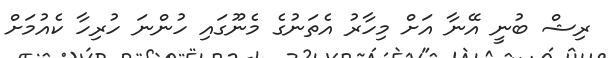
ރިޝް ބުނީ އޭނާ އަށް މިހާރު އެތަނުގެ މެނޫގައި ހުންނަ ހުރިހާ ކެއުމަށް